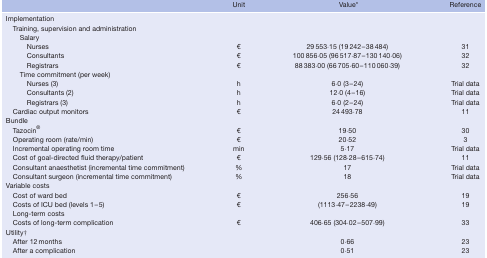
|  | Unit | Value* | Reference |
 | --- | --- | --- | --- |
 | Implementation |  |  |  |
 | Training, supervision and administration |  |  |  |
 | Salary |  |  |  |
 | Nurses | € | 29 553·15 (19 242–38 484) | 31 |
 | Consultants | € | 100 856·05 (96 517·87–130 140·06) | 32 |
 | Registrars | € | 88 383·00 (66 705·60–110 060·39) | 32 |
 | Time commitment (per week) |  |  |  |
 | Nurses (3) | h | 6·0 (3–24) | Trial data |
 | Consultants (2) | h | 12·0 (4–16) | Trial data |
 | Registrars (3) | h | 6·0 (2–24) | Trial data |
 | Cardiac output monitors | € | 24 493·78 | 11 |
 | Bundle |  |  |  |
 | Tazocin® | € | 19·50 | 30 |
 | Operating room (rate/min) | € | 20·52 | 3 |
 | Incremental operating room time | min | 5·17 | Trial data |
 | Cost of goal‐directed fluid therapy/patient | € | 129·56 (128·28–615·74) | 11 |
 | Consultant anaesthetist (incremental time commitment) | % | 17 | Trial data |
 | Consultant surgeon (incremental time commitment) | % | 18 | Trial data |
 | Variable costs |  |  |  |
 | Cost of ward bed | € | 256·56 | 19 |
 | Costs of ICU bed (levels 1–5) | € | (1113·47–2238·49) | 19 |
 | Long‐term costs |  |  |  |
 | Costs of long‐term complication | € | 406·65 (304·02–507·99) | 33 |
 | Utility† |  |  |  |
 | After 12 months |  | 0·66 | 23 |
 | After a complication |  | 0·51 | 23 |